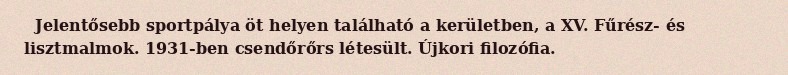
Jelentősebb sportpálya öt helyen található a kerületben, a XV. Fűrész- és lisztmalmok. 1931-ben csendőrőrs létesült. Újkori filozófia.